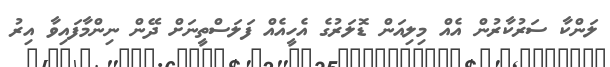
ލަންކާ ސަރުކާރުން އެއް މިލިއަން ޑޮލަރުގެ އެހީއެއް ފަލަސްތީނަށް ދޭން ނިންމާފައިވާ އިރު